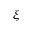
\xi